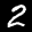
Label: 2